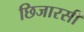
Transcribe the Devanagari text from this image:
छिजारसी